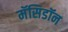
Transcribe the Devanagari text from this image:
मॅसिडॉन